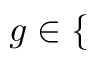
g \in \{